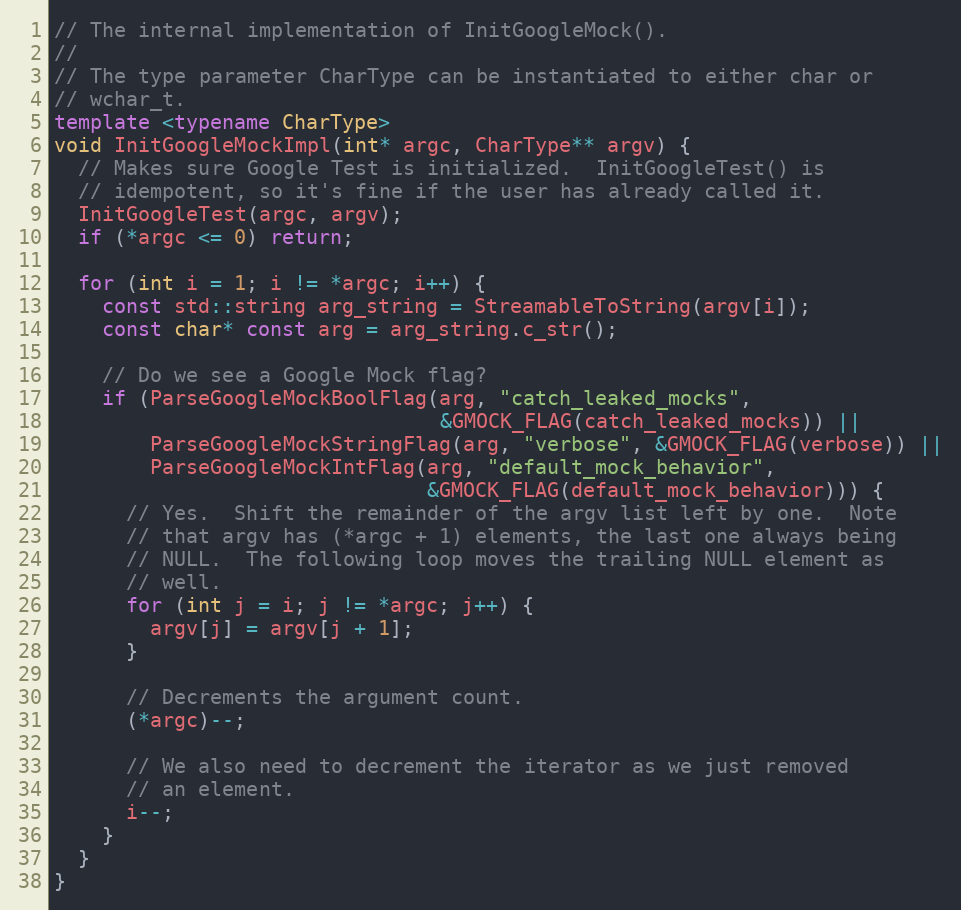
Language: C++
// The internal implementation of InitGoogleMock().
//
// The type parameter CharType can be instantiated to either char or
// wchar_t.
template <typename CharType>
void InitGoogleMockImpl(int* argc, CharType** argv) {
  // Makes sure Google Test is initialized.  InitGoogleTest() is
  // idempotent, so it's fine if the user has already called it.
  InitGoogleTest(argc, argv);
  if (*argc <= 0) return;

  for (int i = 1; i != *argc; i++) {
    const std::string arg_string = StreamableToString(argv[i]);
    const char* const arg = arg_string.c_str();

    // Do we see a Google Mock flag?
    if (ParseGoogleMockBoolFlag(arg, "catch_leaked_mocks",
                                &GMOCK_FLAG(catch_leaked_mocks)) ||
        ParseGoogleMockStringFlag(arg, "verbose", &GMOCK_FLAG(verbose)) ||
        ParseGoogleMockIntFlag(arg, "default_mock_behavior",
                               &GMOCK_FLAG(default_mock_behavior))) {
      // Yes.  Shift the remainder of the argv list left by one.  Note
      // that argv has (*argc + 1) elements, the last one always being
      // NULL.  The following loop moves the trailing NULL element as
      // well.
      for (int j = i; j != *argc; j++) {
        argv[j] = argv[j + 1];
      }

      // Decrements the argument count.
      (*argc)--;

      // We also need to decrement the iterator as we just removed
      // an element.
      i--;
    }
  }
}